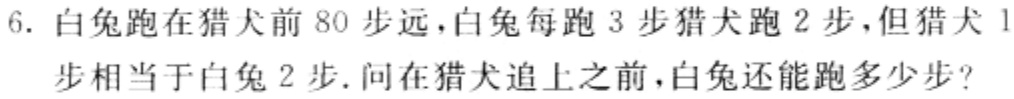
6. 白兔跑在猎犬前 80 步远，白兔每跑 3 步猎犬跑 2 步，但猎犬 1 步相当于白兔 2 步. 问在猎犬追上之前，白兔还能跑多少步？